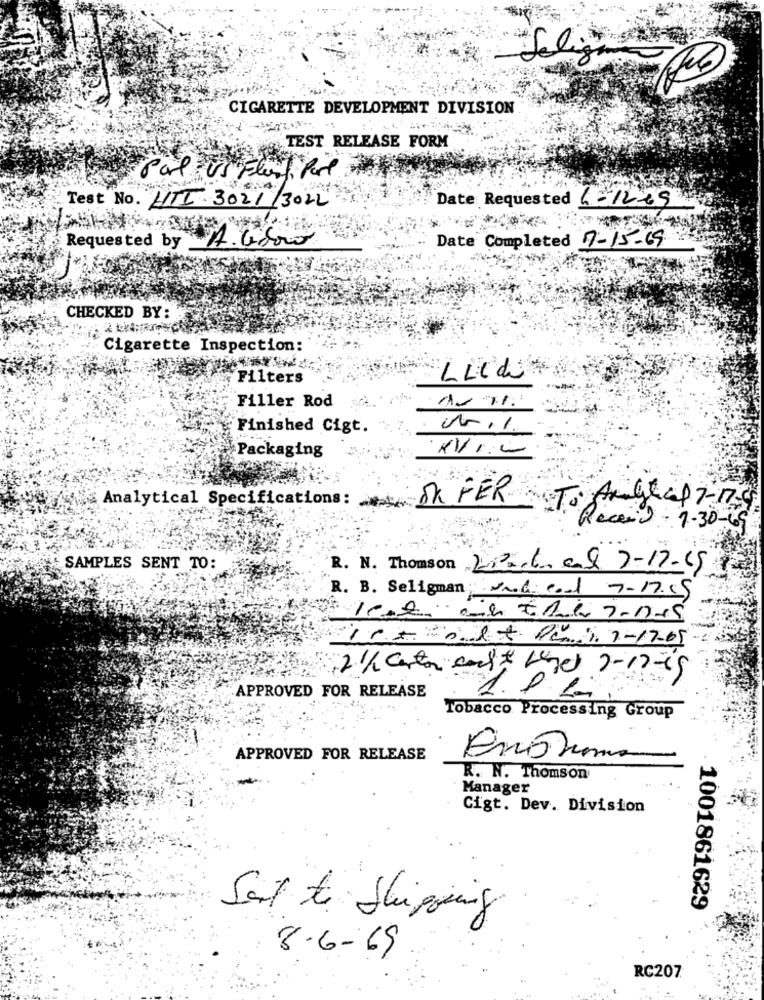
CIGARETTE DEVELOPMENT DIVISION
TEST RELEASE FORM
Pal US Flest Part
Test No. HITL 3021/3022
Date Requested 6-1269
Date Completed 7-15-69
Requested by
CHECKED BY:
Cigarette Inspection:
Filters
LLCdi
Filler Rod
Finished Cigt.
Packaging
SR FER
Analytical Specifications:
To Acht af 7- 17
Receio- 7-30-65
SAMPLES SENT TO:
R. N. Thomson 20 608 7-17-1512
R. B. Seligman und cad 7-17.19
Jest ch ERG 7-10-15
"16+ 0 1X PC 1 7 -17-05
21/ carta conl & wine 7-17-15
APPROVED FOR RELEASE
Tobacco Processing Group
APPROVED FOR RELEASE
R. N. Thomson
Manager
Cigt. Dev. Division
1001861629
Sal to Shipping
8-6-69
RC207